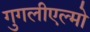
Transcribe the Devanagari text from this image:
गुगलीएल्मो